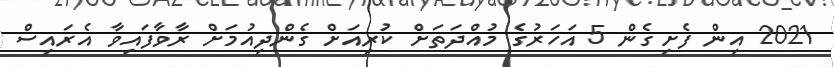
2021 އިން ފެށިގެން 5 އަހަރުގެ މުއްދަތަށް ކުރިއަށް ގެންދިއުމަށް ރާވާފައިވާ އެރައިސް